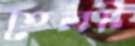
তেলট